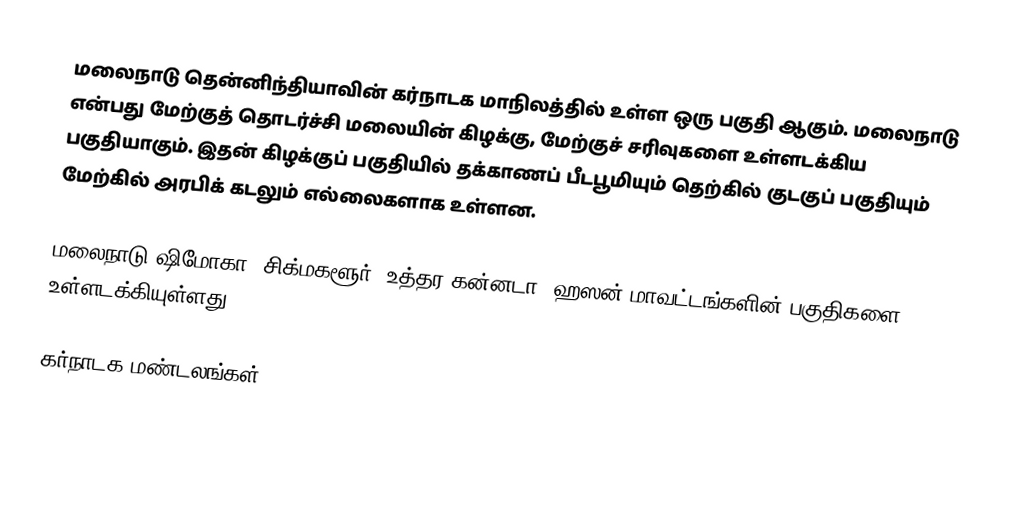
மலைநாடு தென்னிந்தியாவின் கர்நாடக மாநிலத்தில் உள்ள ஒரு பகுதி ஆகும். மலைநாடு என்பது மேற்குத் தொடர்ச்சி மலையின் கிழக்கு, மேற்குச் சரிவுகளை உள்ளடக்கிய பகுதியாகும். இதன் கிழக்குப் பகுதியில் தக்காணப் பீடபூமியும் தெற்கில் குடகுப் பகுதியும் மேற்கில் அரபிக் கடலும் எல்லைகளாக உள்ளன.

மலைநாடு ஷிமோகா, சிக்மகளூர், உத்தர கன்னடா, ஹஸன் மாவட்டங்களின் பகுதிகளை உள்ளடக்கியுள்ளது.

கர்நாடக மண்டலங்கள்